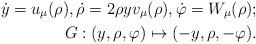
LaTeX: \begin{align*}\dot{y}=u_\mu(\rho), \dot{\rho}=2\rho yv_\mu(\rho), \dot{\varphi}=W_\mu(\rho); \\G:(y,\rho,\varphi)\mapsto(-y,\rho,-\varphi).\end{align*}